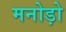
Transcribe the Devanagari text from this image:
मनोड़ो